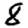
Digit: 8